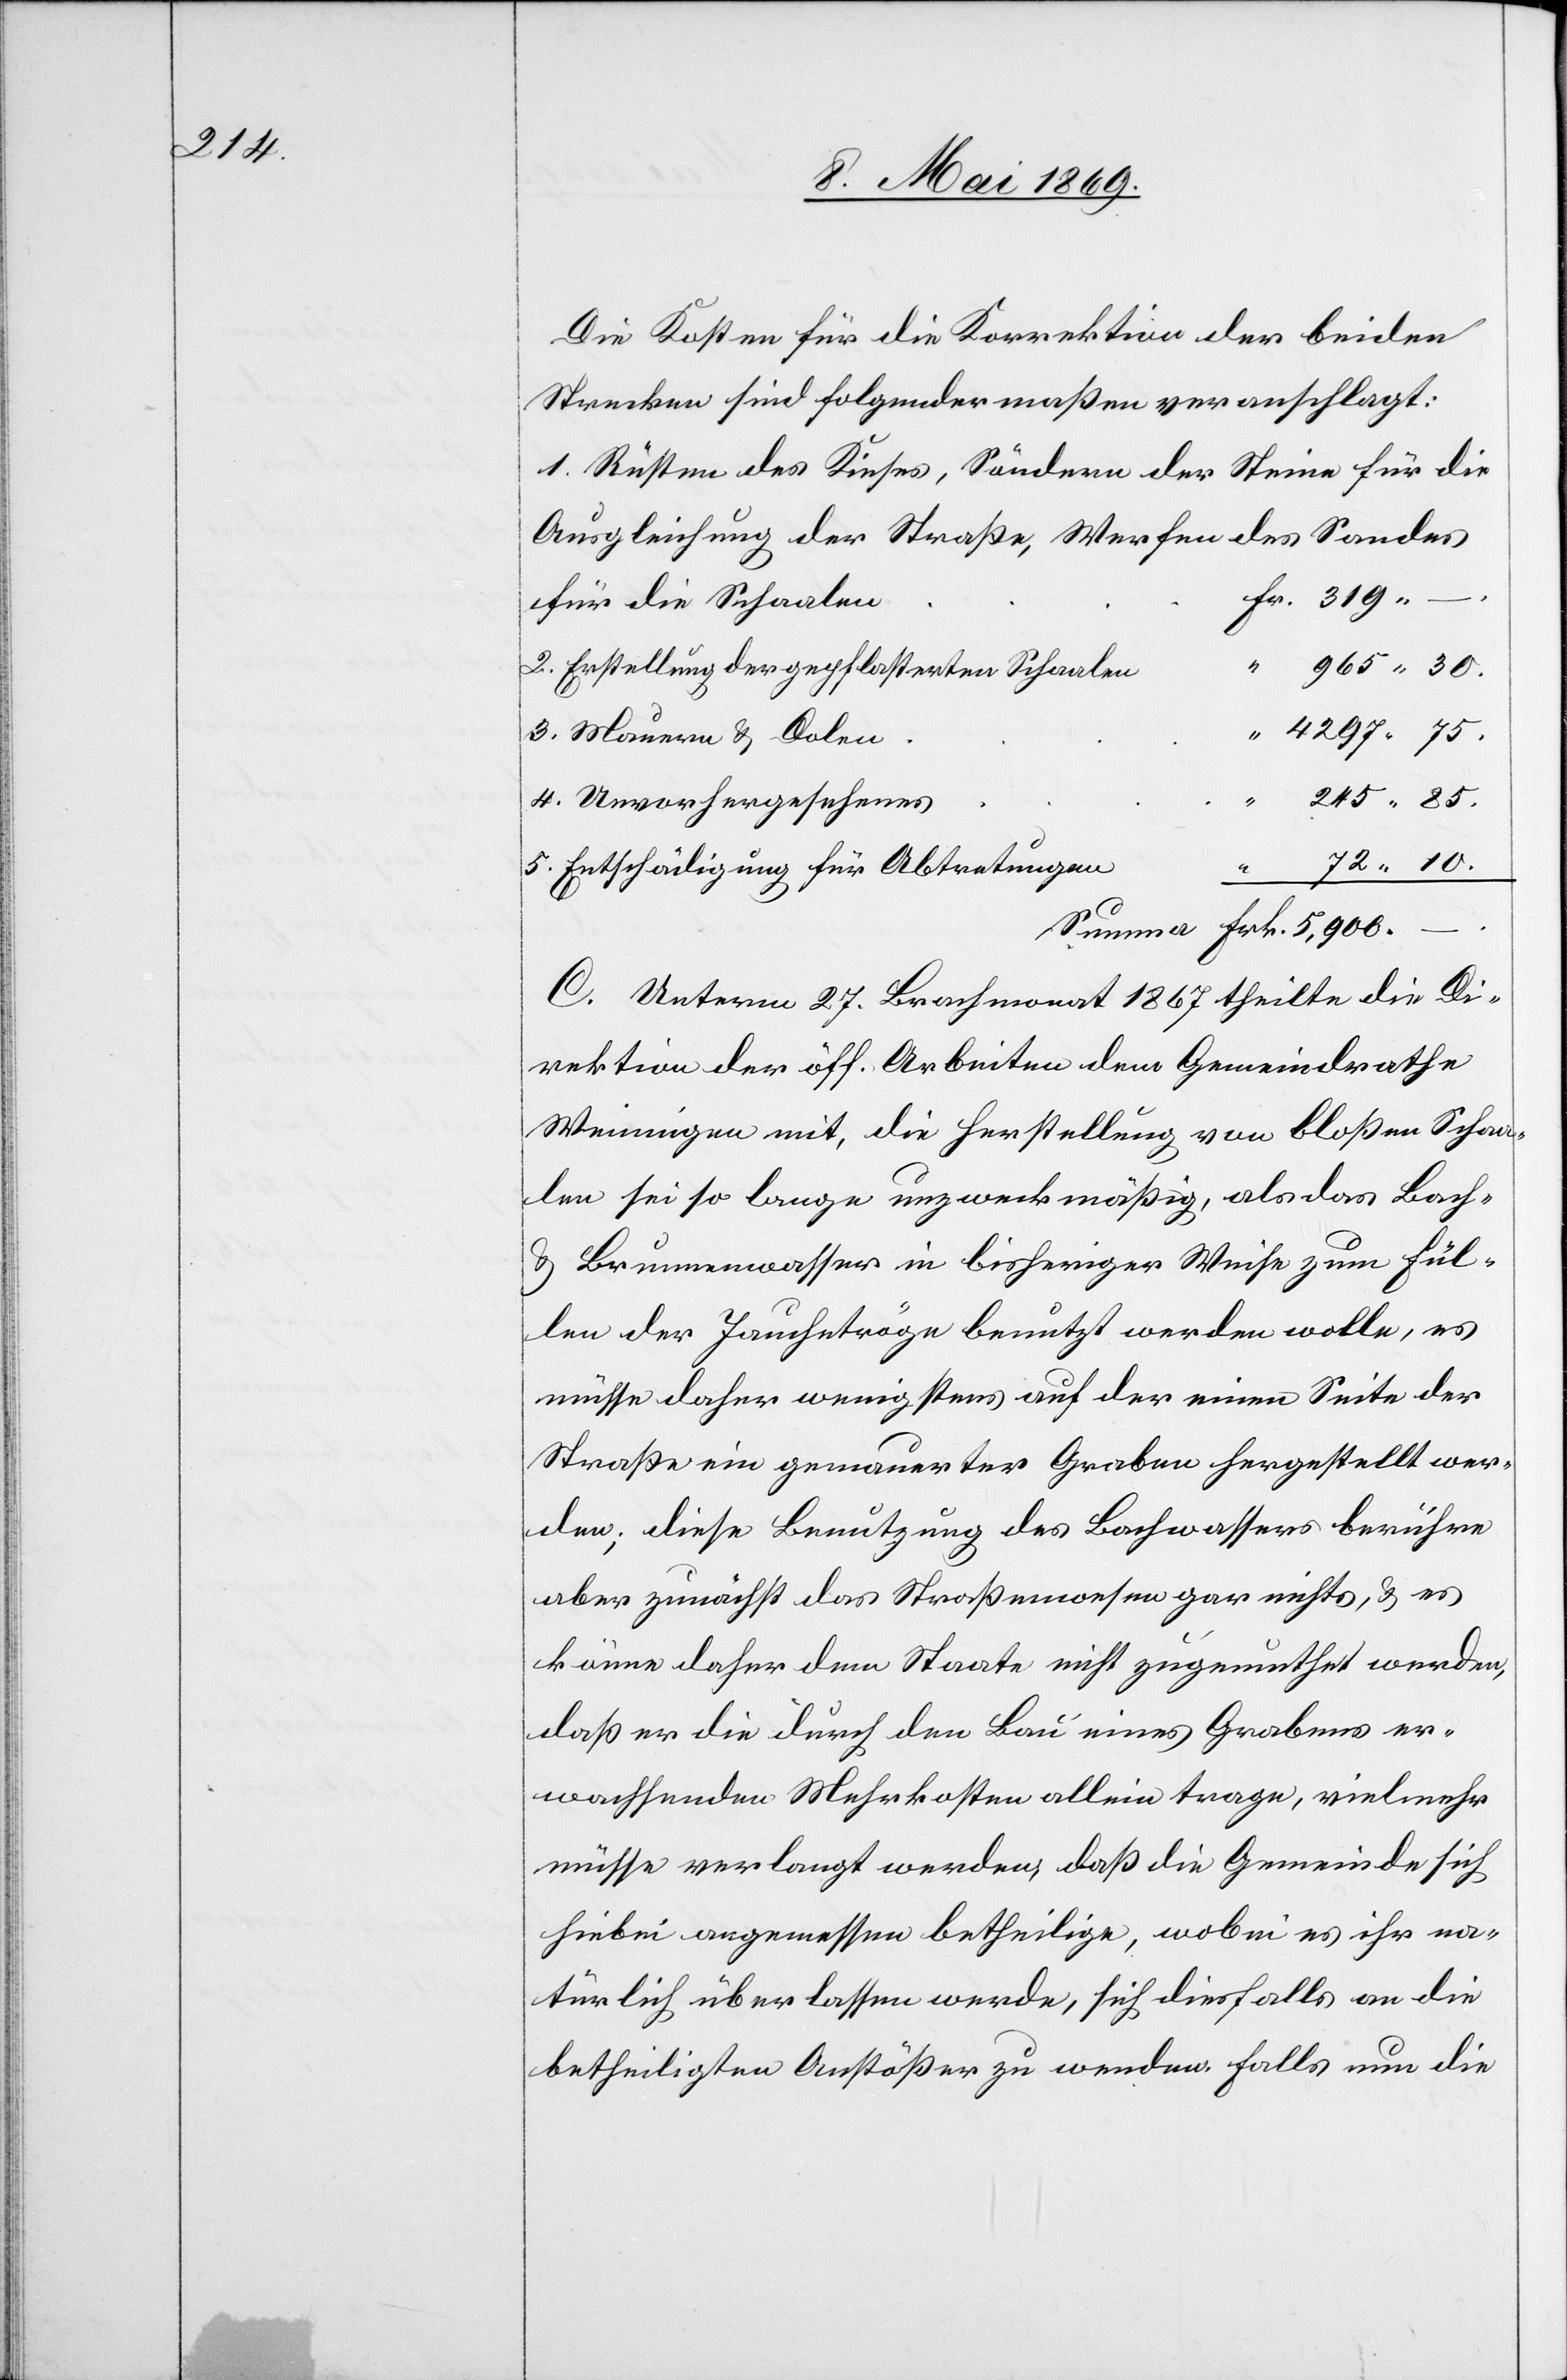
319.

Die Kosten für die Korrektion der beiden
Strecken sind folgendermaßen veranschlagt:
1. Rüsten des Kieses, Sändern der Steine für die
Ausgleichung der Straße, Werfen des Sandes
–.
für die Schaalen
“
965.30.
2. Erstellung der gepflasterten Schaalen
4297.75
3. Mauern u. Dolen
“
245.85
4. Unvorhergesehenes
5. Entschädigung für Abtretungen
“
Frk.
C. Unterm 27. Brachmonat 1867 theilte die Di¬
rektion der öff. Arbeiten dem Gemeindrathe
Weiningen mit, die Herstellung von bloßen Schaa¬
len sei so lange unzweckmäßig, als das Bach-
u. Brunnenwasser in bisheriger Weise zum Fül¬
len der Jauchetröge benutzt werden wolle, es
müsse daher wenigstens auf der einen Seite der
Straße ein gemauerter Graben hergestellt wer¬
den; diese Benutzung des Bachwassers berühre
aber zunächst das Straßenwesen gar nichts, u. es
könne daher dem Staate nicht zugemuthet werden,
daß er die durch den Bau eines Grabens er¬
wachsenden Mehrkosten allein trage, vielmehr
müsse verlangt werden, daß die Gemeinde sich
hiebei angemessen betheilige, wobei es ihr na¬
türlich überlassen werde, sich diesfalls an die
betheiligten Anstößer zu wenden falls nun die